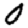
Digit: 0